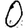
Digit: 0